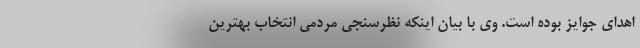
اهدای جوایز بوده است. وی با بیان اینکه نظرسنجی مردمی انتخاب بهترین